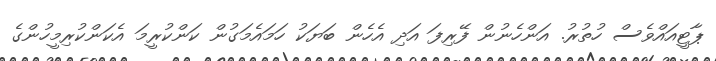
ޕާޓީއައްވެސް ހުތުރު. އަންހެނުން ފޭރިފަ އަދި އެހެން ބަޔަކު ހަމައެމަގުން ކަންކުރީމަ އެކަންކުރިމީހުންގެ